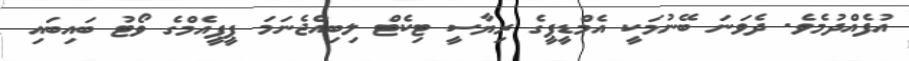
އުފެއްދުމެވެ. ދެވަނަ ބޭނުމަކީ އެމްޑީޕީގެ ރިޔާސީ ޓިކެޓް ލިބިއްޖެނަމަ ޕީޕީއެމްގެ ވޯޓު ބައިބައި